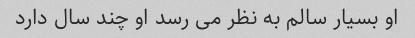
او بسیار سالم به نظر می رسد او چند سال دارد